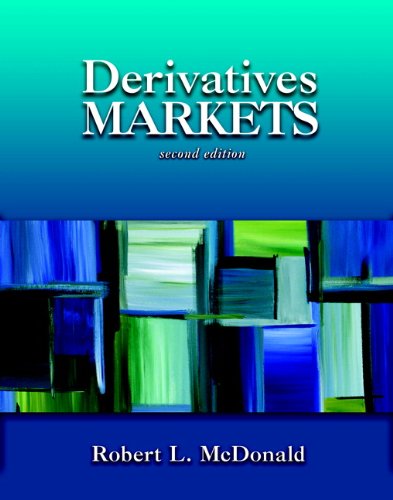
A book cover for Derivatives Markets (2nd Edition); Robert L. McDonald; Business & Money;